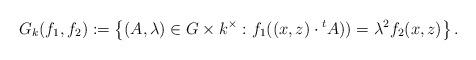
LaTeX: \begin{align*}G_k (f_1,f_2) := \left\{(A,\lambda) \in G \times k^{\times} : f_1((x,z)\cdot {}^t A)) = \lambda^2 f_2(x,z) \right\}.\end{align*}